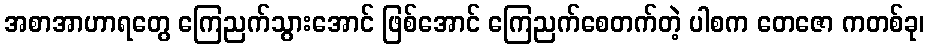
အစာအာဟာရတွေ ကြေညက်သွားအောင် ဖြစ်အောင် ကြေညက်စေတက်တဲ့ ပါစက တေဇော ကတစ်ခု၊